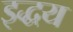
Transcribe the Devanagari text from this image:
इद्धय